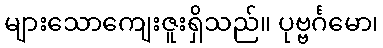
များသောကျေးဇူးရှိသည်။ ပုဗ္ဗင်္ဂမော၊